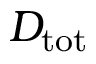
D _ { \mathrm { t o t } }